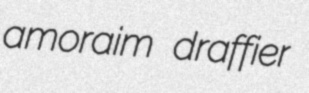
amoraim draffier